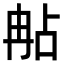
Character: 𠕟